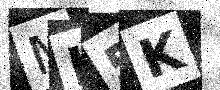
Text: MI5K